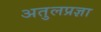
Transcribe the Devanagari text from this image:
अतुलप्रज्ञा